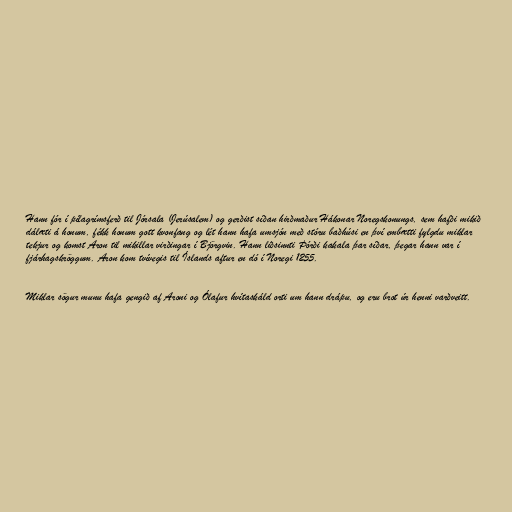
Hann fór í pílagrímsferð til Jórsala (Jerúsalem) og gerðist síðan hirðmaður Hákonar Noregskonungs, sem hafði mikið
dálæti á honum, fékk honum gott kvonfang og lét hann hafa umsjón með stóru baðhúsi en því embætti fylgdu miklar
tekjur og komst Aron til mikillar virðingar í Björgvin. Hann liðsinnti Þórði kakala þar síðar, þegar hann var í
fjárhagskröggum. Aron kom tvívegis til Íslands aftur en dó í Noregi 1255.

Miklar sögur munu hafa gengið af Aroni og Ólafur hvítaskáld orti um hann drápu, og eru brot úr henni varðveitt.